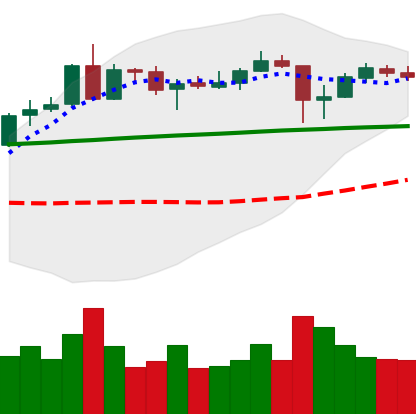
Ticker: ADA-USD
Chart end date: 2020-05-15
Forward return: 12.706%
Label: up_7plus